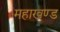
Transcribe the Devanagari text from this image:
महाखण्ड